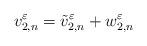
LaTeX: \begin{align*} v_{2,n}^{\varepsilon}= \tilde{v}_{2,n}^{\varepsilon} +w_{2,n}^{\varepsilon}\end{align*}